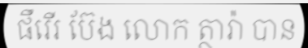
ផឹរើរ ប៊ែង លោក ត្ថារ៉ា បាន